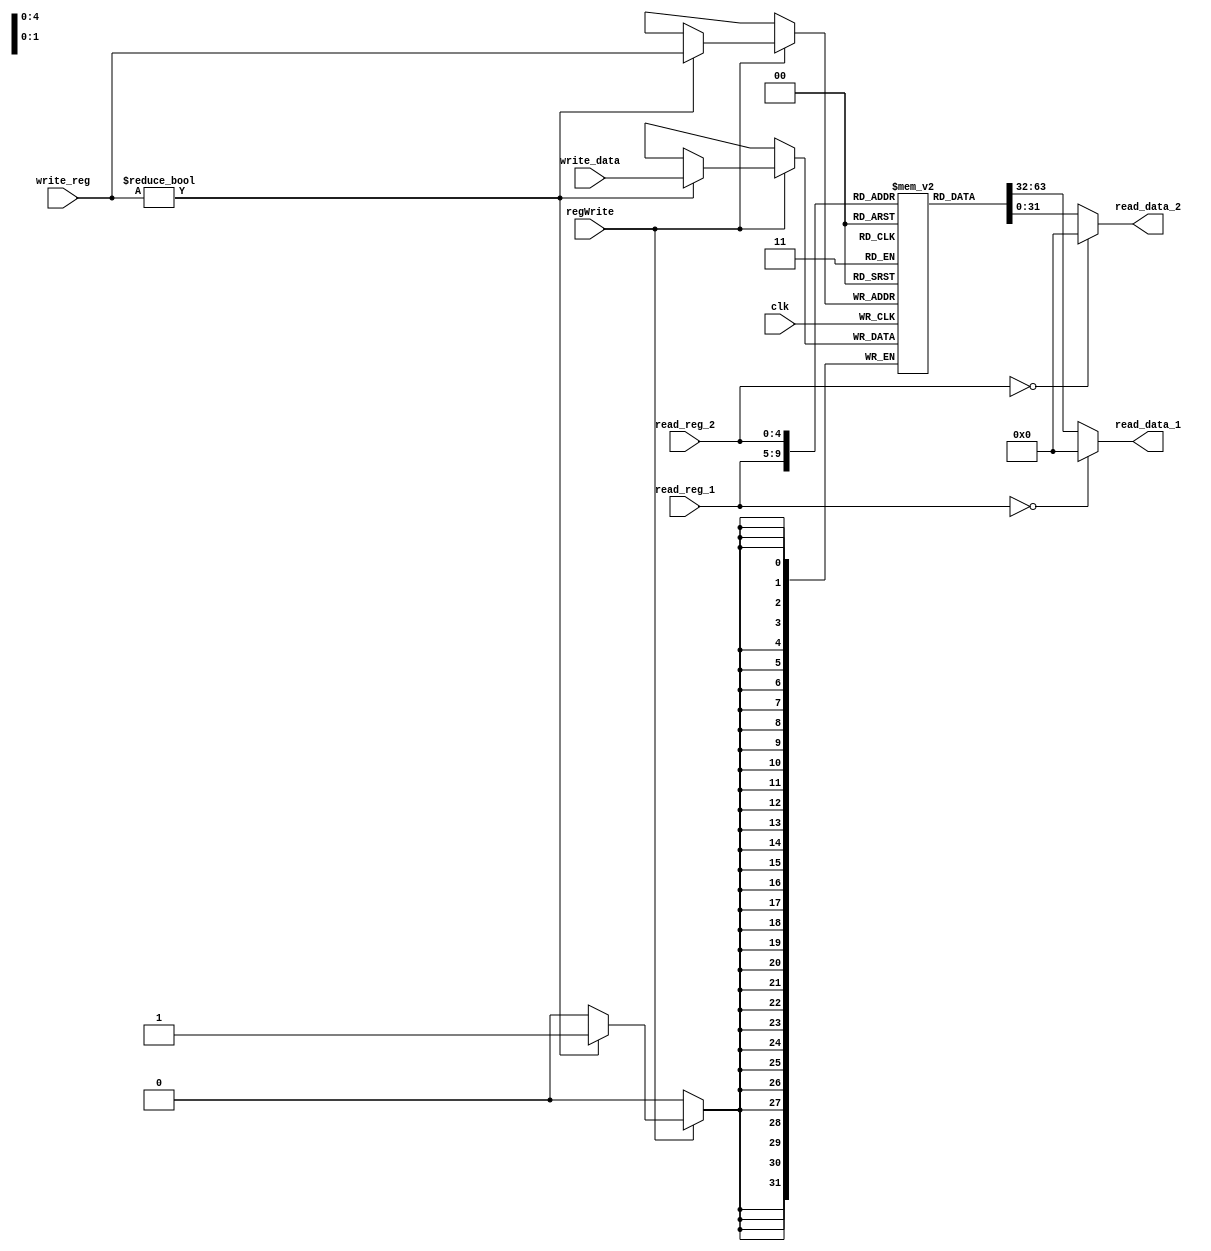
module register_file(clk, read_reg_1, read_reg_2, write_reg, write_data, regWrite, read_data_1, read_data_2);
input clk;
input [4:0] read_reg_1, read_reg_2, write_reg;
input [31:0] write_data;
input regWrite;
output [31:0] read_data_1, read_data_2;
reg [31:0] read_data_1, read_data_2=0;
reg [31:0] registers[31:0];
integer i;

  initial
  begin 
      for(i = 0; i < 32; i = i+1)
    begin
          registers[i] = 0;
    end
  end
  
always@(posedge clk)
  begin
$display("       $v0,       $v1,       $t0,       $t1,       $t2,       $t3,       $t4,       $t5,       $t6,       $t7");
$monitor("%d,%d,%d,%d,%d,%d,%d,%d,%d,%d",
          registers[2][31:0], /* $v0 */
          registers[3][31:0], /* $v1 */
          registers[8][31:0], /* $t0 */
          registers[9][31:0], /* $t1 */
          registers[10][31:0],  /* $t2 */
          registers[11][31:0],  /* $t3 */
          registers[12][31:0],  /* $t4 */
          registers[13][31:0],  /* $t5 */
          registers[14][31:0],  /* $t6 */
          registers[15][31:0],  /* $t7 */
        );
end

always @ (read_reg_1 or read_reg_2)
begin
read_data_1 <= (read_reg_1==0)? 32'b0 : registers[read_reg_1];
read_data_2 <= (read_reg_2==0)? 32'b0 : registers[read_reg_2];
end
always @(posedge clk)
begin
if(regWrite)
begin
if(write_reg!=0)
begin
registers[write_reg] <= write_data;
end
end
end
endmodule